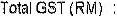
TOTAL GST (RM) :